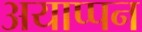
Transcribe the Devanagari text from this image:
अयाप्पन